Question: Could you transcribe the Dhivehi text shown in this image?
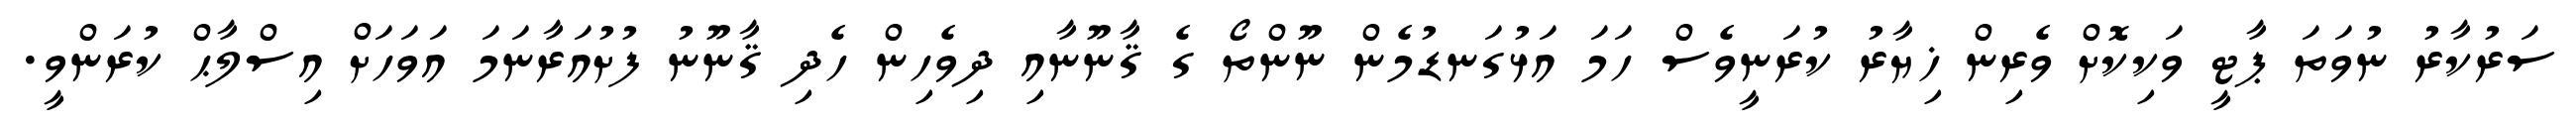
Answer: ސަރުކާރު ނުވަތަ ޕާޓީ ވަކިކޮށް ވެރިން ޚިޔާރު ކުރަނީވެސް ހަމަ އަޅުގަނޑުމެން ނޫންތޯ ގެ ޤާނޫނާއި ދިވެހިން ހެދި ޤާނޫނު ފުށުއަރާނަމަ އަވަހަށް އިސްލާޙް ކުރަންވީ.